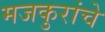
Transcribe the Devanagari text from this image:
मजकुरांचे